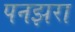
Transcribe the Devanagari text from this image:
पनझरा